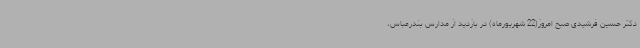
دکتر حسین فرشیدی صبح امروز(22 شهریورماه) در بازدید از مدارس بندرعباس،